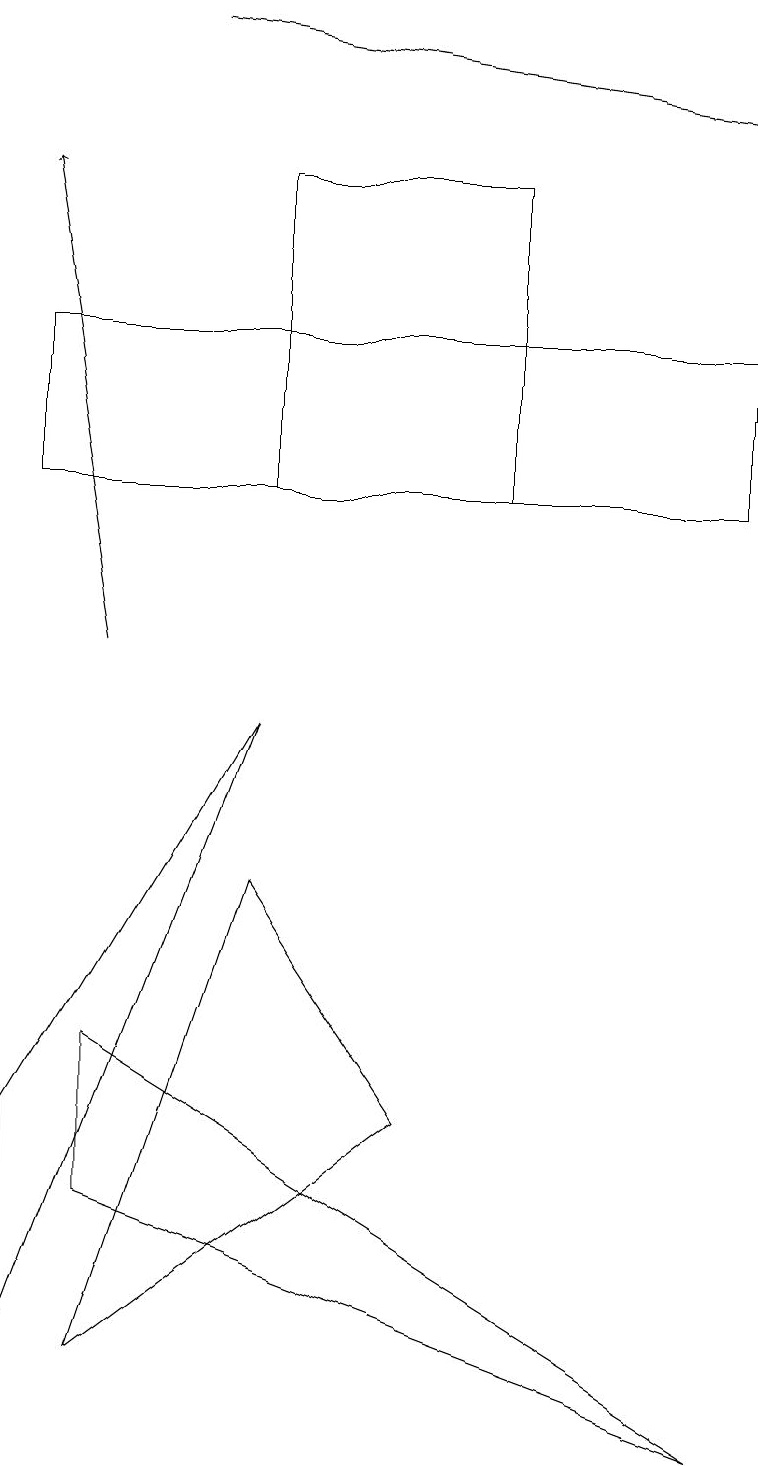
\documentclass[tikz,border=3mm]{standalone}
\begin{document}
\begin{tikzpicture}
\draw (9,0) -- (1,3) -- (1,5) -- cycle;
\draw[->] (2,18) -- (9,17);
\draw (9,14) rectangle (0,12);
\draw[->] (1,10) -- (0,16);
\draw (0,1) -- (3,9) -- (0,4) -- cycle;
\draw (3,7) -- (5,4) -- (1,1) -- cycle;
\draw (6,16) rectangle (3,12);
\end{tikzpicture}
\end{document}